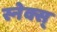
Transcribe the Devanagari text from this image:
स्नेक्स्